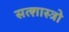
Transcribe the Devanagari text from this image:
सत्शास्त्रो